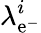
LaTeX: \lambda_{\mathrm{e}^{-}}^{i}